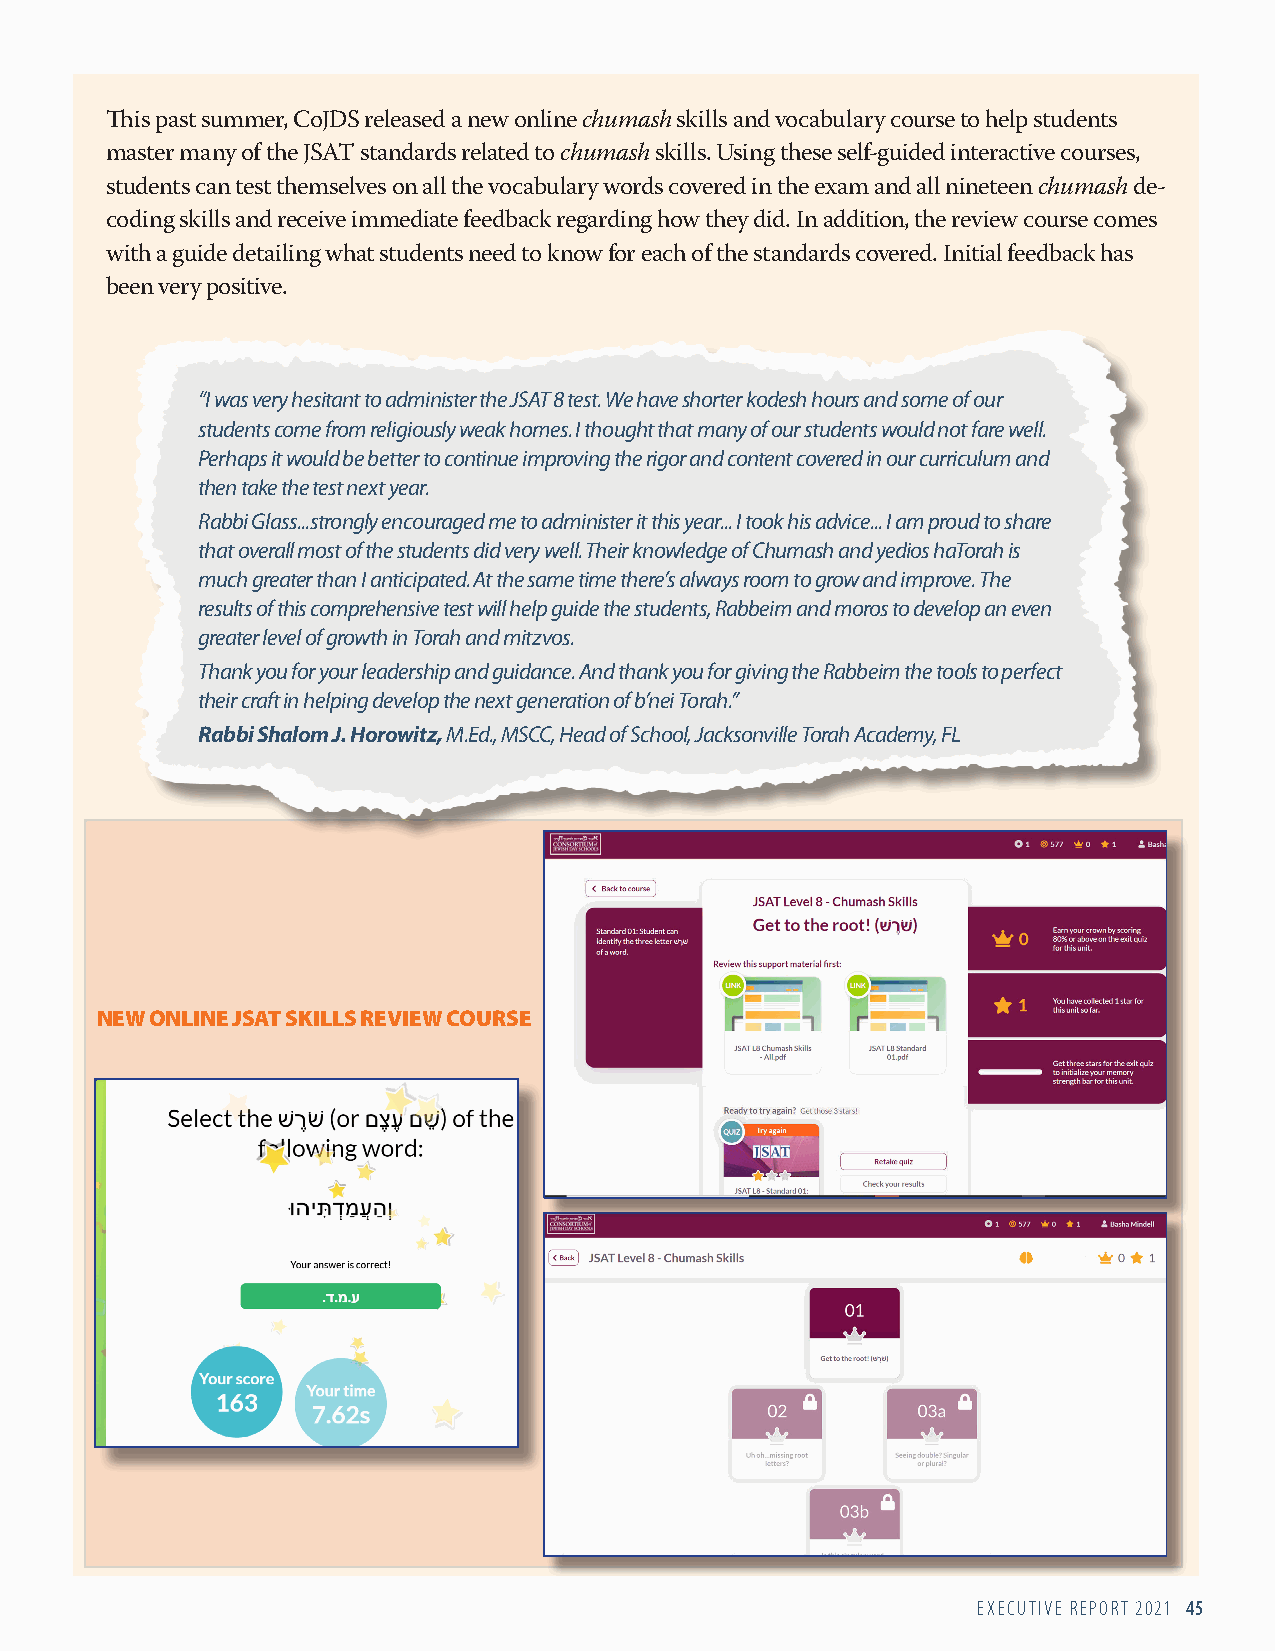
This past summer, CoJDS released a new online chumash skills and vocabulary course to help students
 master many of the JSAT standards related to chumash skills. Using these self-guided interactive courses,
 students can test themselves on all the vocabulary words covered in the exam and all nineteen chumash de-
 coding skills and receive immediate feedback regarding how they did. In addition, the review course comes
 with a guide detailing what students need to know for each of the standards covered. Initial feedback has
 been very positive.
 “I was very hesitant to administer the JSAT 8 test. We have shorter kodesh hours and some of our
 students come from religiously weak homes. I thought that many of our students would not fare well.
 Perhaps it would be better to continue improving the rigor and content covered in our curriculum and
 then take the test next year.
 Rabbi Glass...strongly encouraged me to administer it this year... I took his advice... I am proud to share
 that overall most of the students did very well. Their knowledge of Chumash and yedios haTorah is
 much greater than I anticipated. At the same time there’s always room to grow and improve. The
 results of this comprehensive test will help guide the students, Rabbeim and moros to develop an even
 greater level of growth in Torah and mitzvos.
 Thank you for your leadership and guidance. And thank you for giving the Rabbeim the tools to perfect
 their craft in helping develop the next generation of b’nei Torah.”
 Rabbi Shalom J. Horowitz, M.Ed., MSCC, Head of School, Jacksonville Torah Academy, FL
 NEW ONLINE JSAT SKILLS REVIEW COURSE
 EXECUTIVE REPORT 2021 45